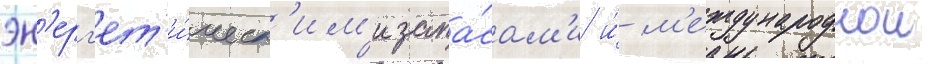
эн'ерг'ет'и́ческ'им'и запа́сам'и и́ м'еждународнои